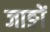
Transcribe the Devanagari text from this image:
जाङों